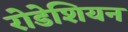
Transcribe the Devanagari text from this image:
रोडेशियन